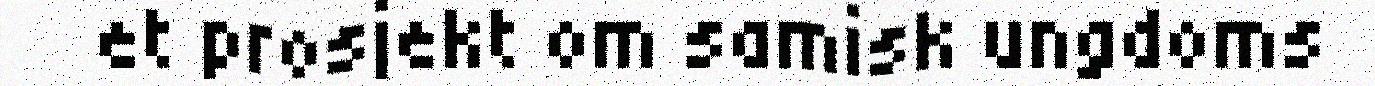
et prosjekt om samisk ungdoms